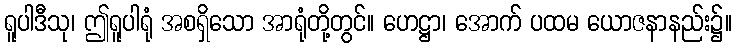
ရူပါဒီသု၊ ဤရူပါရုံ အစရှိသော အာရုံတို့တွင်။ ဟေဋ္ဌာ၊ အောက် ပထမ ယောဇနာနည်း၌။